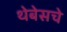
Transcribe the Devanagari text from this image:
थेबेसचे